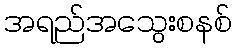
အရည်အသွေးစနစ်